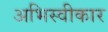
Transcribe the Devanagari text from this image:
अभिस्वीकार